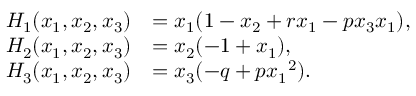
\begin{array} { r l } { { H } _ { 1 } ( { x } _ { 1 } , { x } _ { 2 } , { x } _ { 3 } ) } & { = { x } _ { 1 } ( 1 - { { x } _ { 2 } } + { r } { x } _ { 1 } - p { x } _ { 3 } { x } _ { 1 } ) , } \\ { { H } _ { 2 } ( { x } _ { 1 } , { x } _ { 2 } , { x } _ { 3 } ) } & { = { x } _ { 2 } ( - 1 + { x } _ { 1 } ) , } \\ { { H } _ { 3 } ( { x } _ { 1 } , { x } _ { 2 } , { x } _ { 3 } ) } & { = { x } _ { 3 } ( - { q } + { p } { { x } _ { 1 } } ^ { 2 } ) . } \end{array}